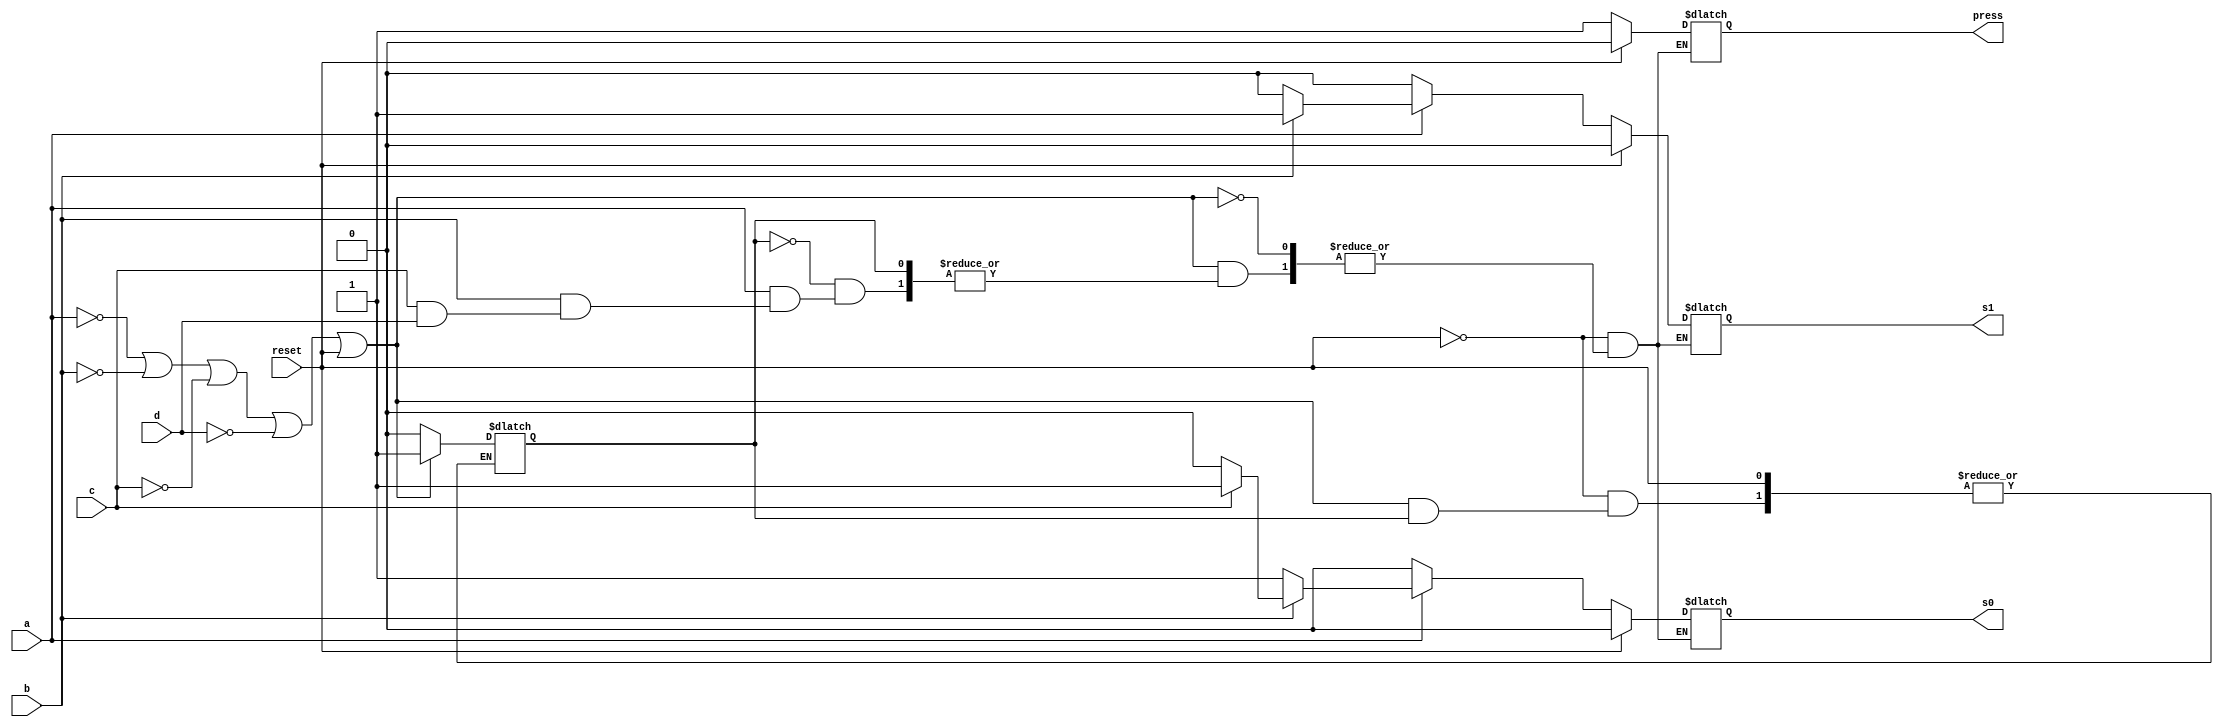
module UserBuffer(s0, s1, press, a ,b, c ,d, reset);
	input a,b,c,d, reset;
	output s0, s1, press;
	reg s0, s1, press;
	wire pressin;
	reg pressing;
	or orAll(pressin, !a, !b, !c, !d, reset);
	always
		begin
		if(reset) begin
			s0 <= 1'b0;
			s1 <= 1'b0;
			press <= 1'b0;
		end
		else if(pressin) begin
			if(~pressing) begin
				pressing <= 1'b1;
				if(~a) begin
					s1 <= 1'b0;
					s0 <= 1'b0;
					press <= 1'b1;
				end
				else if(~b) begin
					s1 <= 1'b0;
					s0 <= 1'b1;
					press <= 1'b1;
				end
				else if(~c) begin
					s1 <= 1'b1;
					s0 <= 1'b0;
					press <= 1'b1;
				end
					else if(~d) begin
					s1 <= 1'b1;
					s0 <= 1'b1;
					press <= 1'b1;
				end
							end
		end else begin
			pressing <= 1'b0;
		end
	end
endmodule